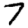
Digit: 7